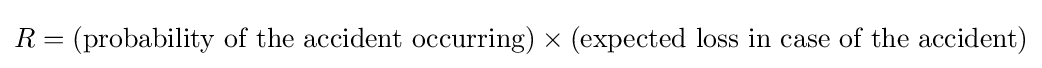
R=({\text{probability of the accident occurring}})\times ({\text{expected loss in case of the accident}})